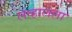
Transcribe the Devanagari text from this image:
लव्हालला